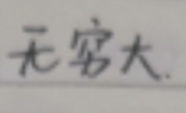
无实大。